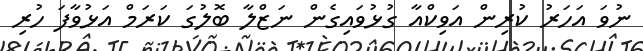
ނުވަ އަހަރު ކުރިން އަވިކްއާ ގުޅުވައިގެން ނަޒްލާ ބޮލުގަ ކަރަމް އަޅުވާފަ ހުރި